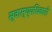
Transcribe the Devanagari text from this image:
स्वास्थ्यधिकारी